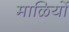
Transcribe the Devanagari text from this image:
माळियों